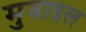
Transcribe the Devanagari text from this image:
मुबाइल